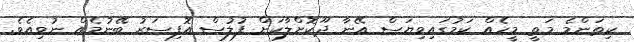
ކިތަންމެ މަތީ މީހެއް ކަމުގައިވިޔަސް އޭނާ ދޫކޮށްލާކަށް ފުލުސް އޮފިސަރު ބޭނުމެއް ނުވިއެވެ.